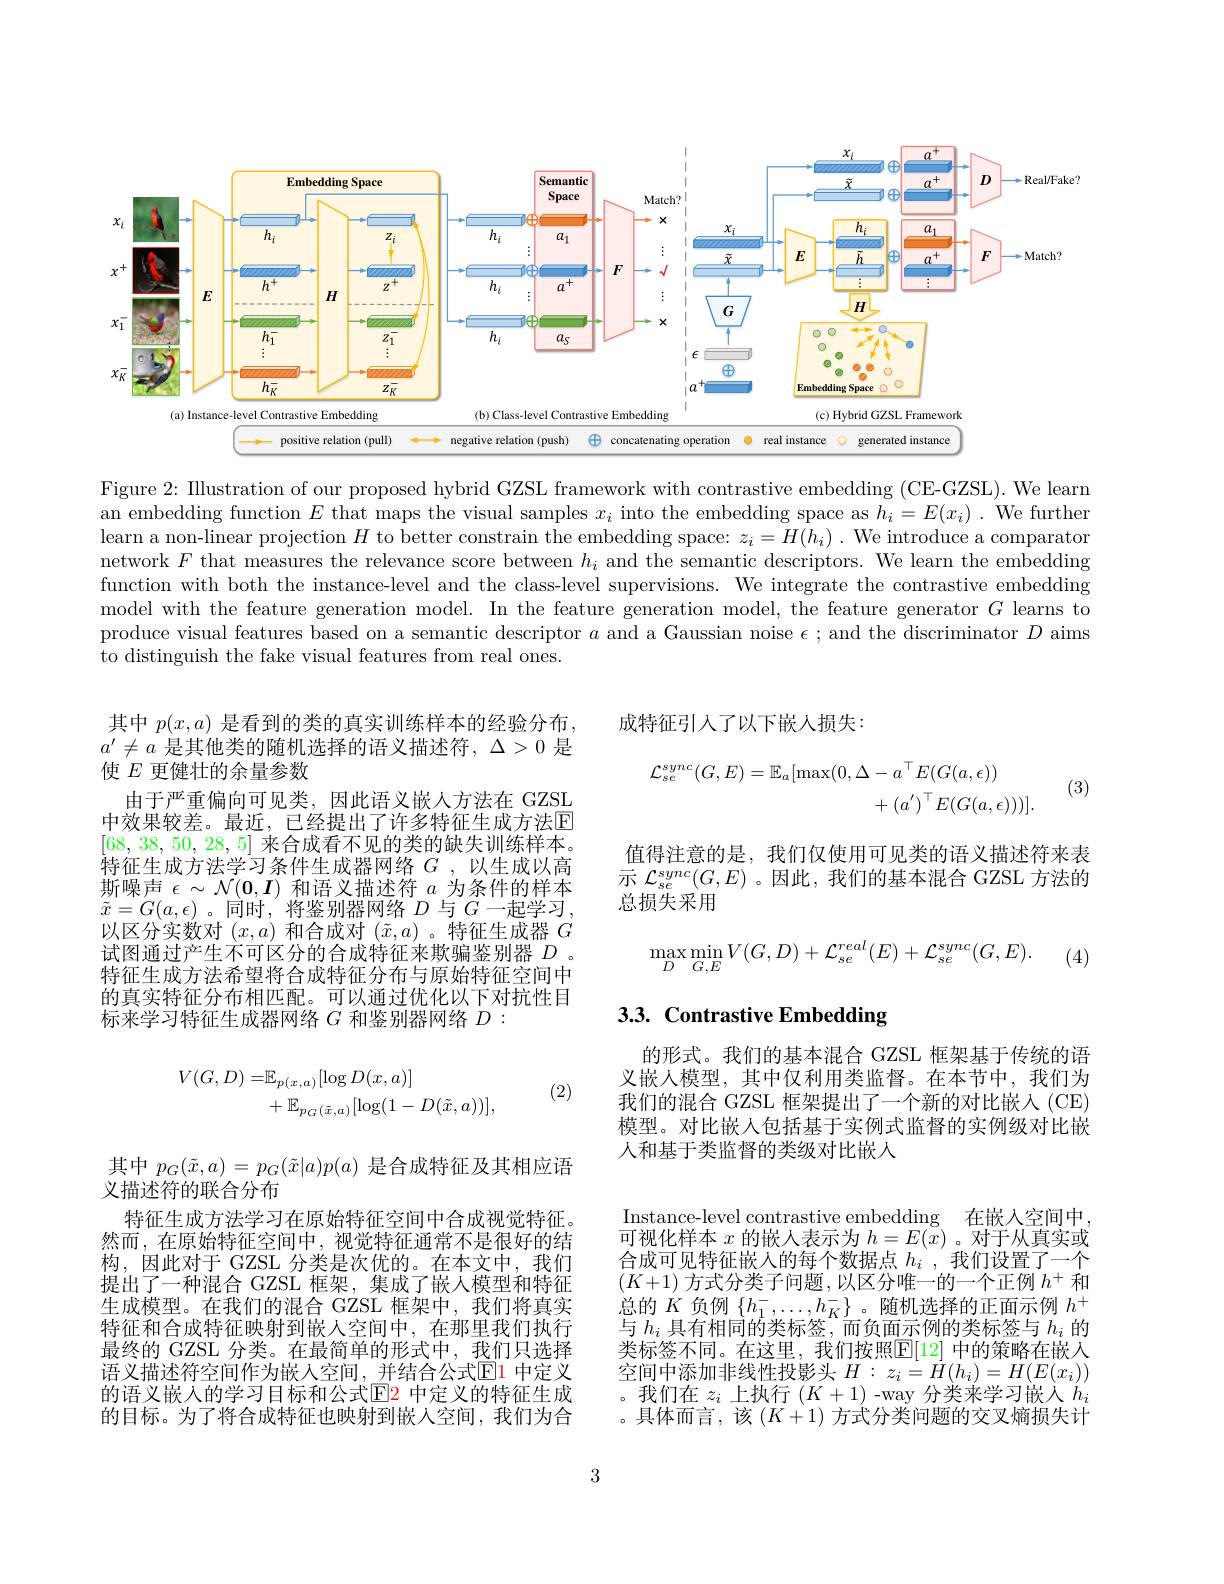
<FigureHere>

Figure 2: Illustration of our proposed hybrid GZSL framework with contrastive embedding (CE-GZSL). We learn an embedding function $E$ that maps the visual samples $x_i$ into the embedding space as $h_i=E(x_i).$ We further learn a non-linear projection $H$ to better constrain the embedding space: $z_i=H(h_i)$ .We introduce a comparator network $F$ that measures the relevance score between $h_i$ and the semantic descriptors. We learn the embedding function with both the instance-level and the class-level supervisions. We integrate the contrastive embedding model with the feature generation model. In the feature generation model, the feature generator $G$ learns to produce visual features based on a semantic descriptor $a$ and a Gaussian noise $\epsilon;$ and the discriminator $D$ aims to distinguish the fake visual features from real ones.

成特征引人了以下嵌人损失：

$a^{\prime}\neq a$是其他类的随机选择的语义描述符，$\Delta>0$是
# 使$E$更健壮的余量参数
$$\begin{aligned}\mathcal{L}_{se}^{sync}(G,E)=\mathbb{E}_{a}[\max(0,\Delta-a^{\top}E(G(a,\epsilon))\\&+(a^{\prime})^{\top}E(G(a,\epsilon)))].\end{aligned}$$
(3)

其中$p(x,a)$是看到的类的真实训练样本的经验分布， 由于严重偏向可见类，因此语义嵌人方法在 GZSL
中效果较差。最近，已经提出了许多特征生成方法$\mathbb{E}$ [68,38,50,28,5]来合成看不见的类的缺失训练样本。特征生成方法学习条件生成器网络$G$ ,以生成以高斯噪声$\epsilon\sim\mathcal{N}(\mathbf{0},\boldsymbol{I})$和语义描述符$a$为条件的样本$\tilde{x}=G(a,\epsilon)$。同时，将鉴别器网络$D$与$G$一起学习， 以区分实数对$(x,a)$和合成对$(\tilde{x},a)$ 。特征生成器$G$ 试图通过产生不可区分的合成特征来欺骗鉴别器$D$ 。特征生成方法希望将合成特征分布与原始特征空间中的真实特征分布相匹配。可以通过优化以下对抗性目标来学习特征生成器网络$G$和鉴别器网络$D:$

值得注意的是，我们仅使用可见类的语义描述符来表示$\mathcal{L}_{se}^{sync}(G,E)$ 。因此，我们的基本混合 GZSL 方法的总损失采用
$$\max_{D}\min_{G,E}V(G,D)+\mathcal{L}_{se}^{real}(E)+\mathcal{L}_{se}^{sync}(G,E).$$
(4)

## 3.3. Contrastive Embedding
$$\begin{aligned}V(G,D)=&\mathbb{E}_{p(x,a)}[\log D(x,a)]\\&+\mathbb{E}_{p_{G}(\tilde{x},a)}[\log(1-D(\tilde{x},a))],\end{aligned}$$
(2)

的形式。我们的基本混合 GZSL 框架基于传统的语义嵌人模型，其中仅利用类监督。在本节中，我们为我们的混合 GZSL 框架提出了一个新的对比嵌人 (CE) 模型。对比嵌人包括基于实例式监督的实例级对比嵌人和基于类监督的类级对比嵌入

其中$p_G(\tilde{x},a)=p_G(\tilde{x}|a)p(a)$是合成特征及其相应语
义描述符的联合分布
特征生成方法学习在原始特征空间中合成视觉特征。然而，在原始特征空间中，视觉特征通常不是很好的结构，因此对于 GZSL 分类是次优的。在本文中，我们提出了一种混合 GZSL 框架，集成了嵌人模型和特征生成模型。在我们的混合 GZSL 框架中，我们将真实特征和合成特征映射到嵌人空间中，在那里我们执行最终的 GZSL 分类。在最简单的形式中，我们只选择语义描述符空间作为嵌入空间，并结合公式$\mathbb{E}$1 中定义的语义嵌入的学习目标和公式$\color{red}{\boxed{E}2}$ 中定义的特征生成的目标。为了将合成特征也映射到嵌入空间，我们为合

Instance-level contrastive embedding 在嵌人空间中. 可视化样本$x$的嵌人表示为$h=E(x)$ 。对于从真实或合成可见特征嵌人的每个数据点$h_i$ ,我们设置了一个$(K+1)$方式分类子问题，以区分唯一的一个正例$h^+$和总的$K$负例$\{h_1^-,\ldots,h_K^-\}$ 。随机选择的正面示例$h^+$ 与$h_i$具有相同的类标签，而负面示例的类标签与$h_i$的类标签不同。在这里，我们按照$\mathbb{E}[12]$ 中的策略在嵌入空间中添加非线性投影头$H:z_i=H(h_i)=H(E(x_i))$ 。我们在$z_i$上执行$(K+1)$ -way 分类来学习嵌入$h_i$ 。具体而言，该$\left(K+1\right)$方式分类问题的交叉熵损失计

3